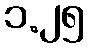
၁.၂၅